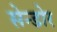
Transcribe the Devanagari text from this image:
सेन्डोर